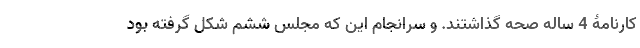
کارنامۀ 4 ساله صحه گذاشتند. و سرانجام این که مجلس ششم شکل گرفته بود